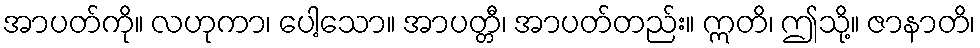
အာပတ်ကို။ လဟုကာ၊ ပေါ့သော။ အာပတ္တီ၊ အာပတ်တည်း။ ဣတိ၊ ဤသို့။ ဇာနာတိ၊